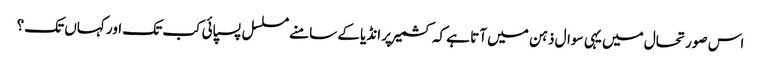
اس صورتحال میں یہی سوال ذہن میں آتا ہے کہ کشمیر پر انڈیا کے سامنے مسلسل پسپائی کب تک اور کہاں تک؟